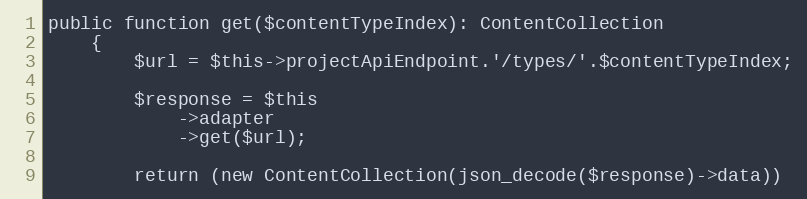
Language: PHP
public function get($contentTypeIndex): ContentCollection
    {
        $url = $this->projectApiEndpoint.'/types/'.$contentTypeIndex;

        $response = $this
            ->adapter
            ->get($url);

        return (new ContentCollection(json_decode($response)->data))